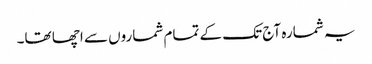
یہ شمارہ آج تک کے تمام شماروں سے اچھا تھا۔